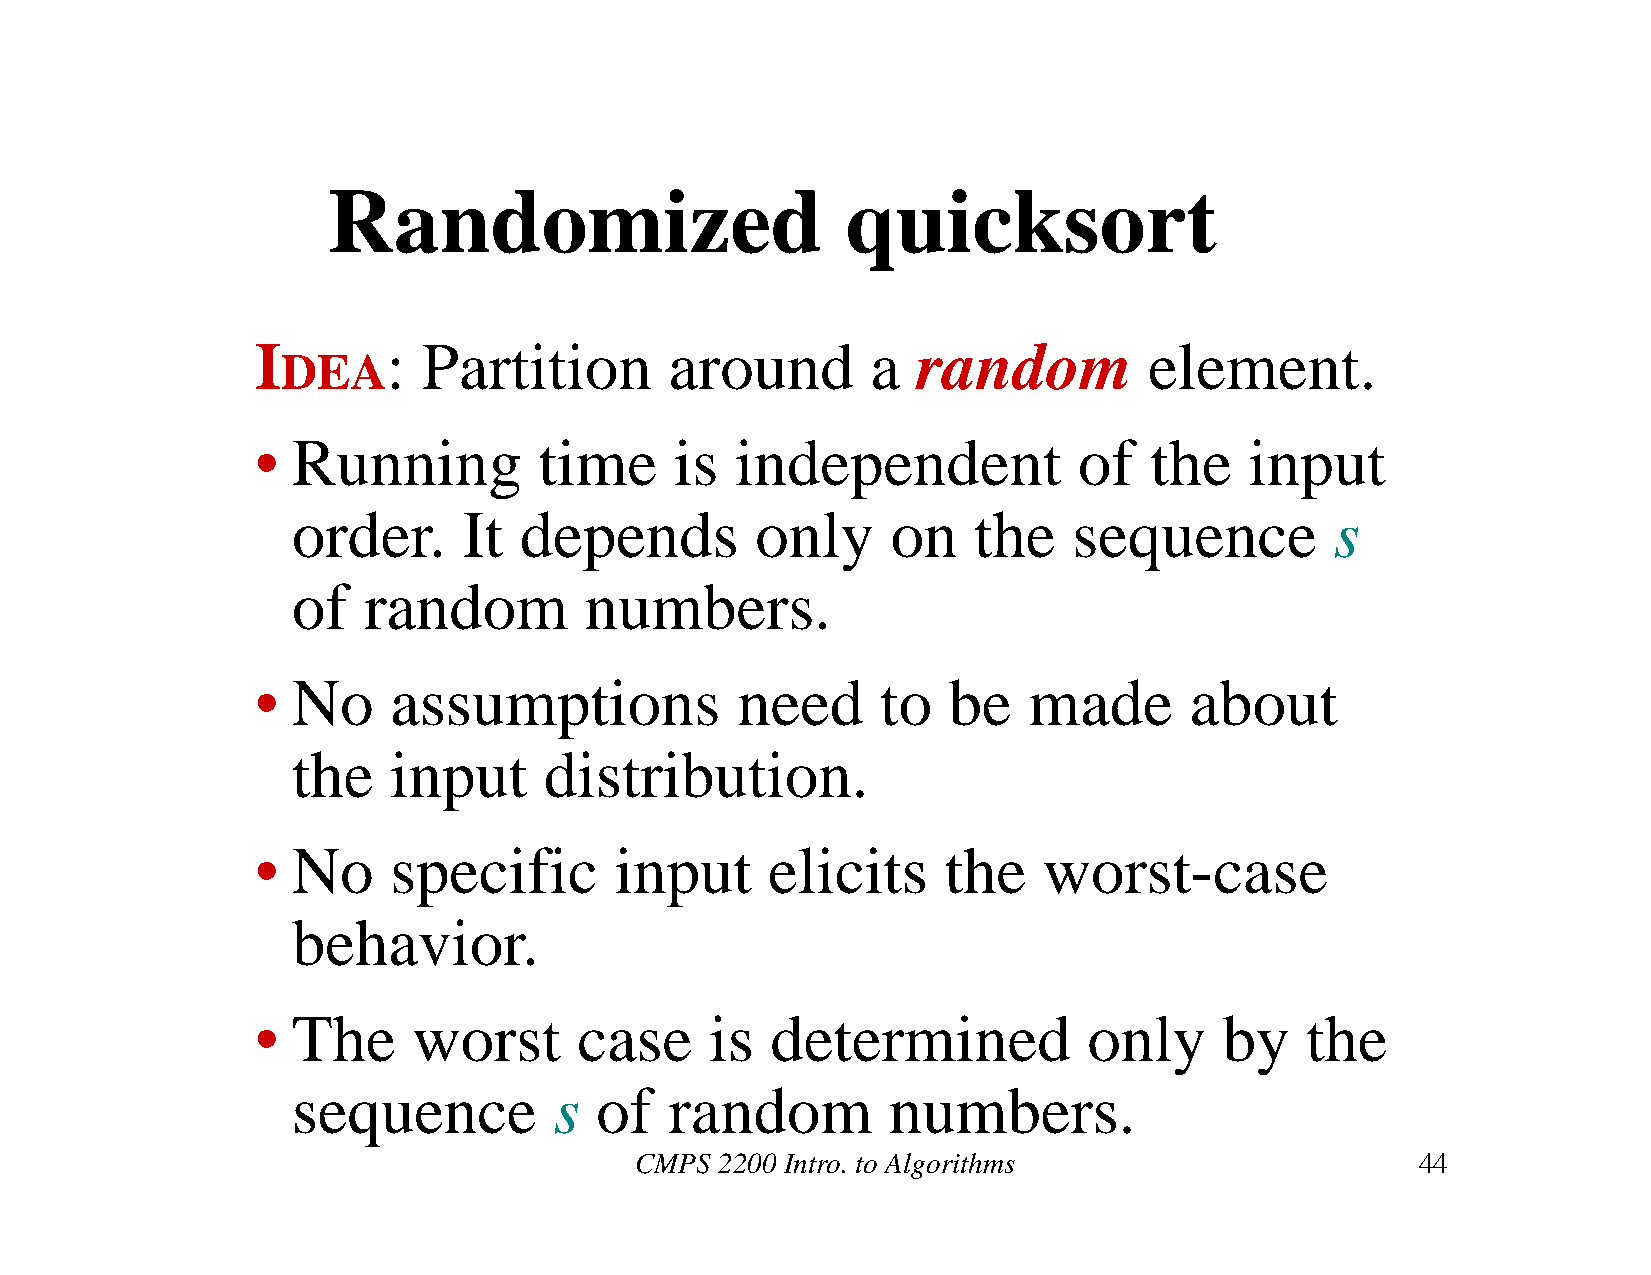
Randomized                        quicksort
 I        : Partition       around        a  random         element.
 DEA
 • Running          time     is  independent           of   the    input
 order.      It depends         only     on   the    sequence         s
 of   random         numbers.
 • No     assumptions            need     to   be   made       about
 the    input     distribution.
 • No     specific       input     elicits     the   worst-case
 behavior.
 • The     worst      case     is  determined           only     by   the
 sequence          s of   random         numbers.
 CMPS  2200 Intro. to Algorithms                     44